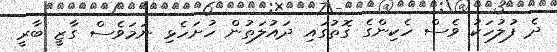
ދެ ފުލުހަކު ވެސް ހެކިންގެ ގޮތުގައި ދައުލަތުން ހުށަހެޅި ނަމަވެސް ގާޒީ ބާރީ